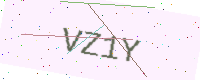
Text: VZ1Y